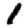
Digit: 1